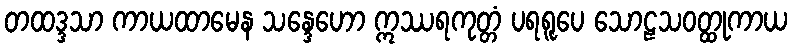
တထဒ္ဒသာ ကာယထာမေန သန္ဒေဟော ဣဿရကုတ္တံ ပရရူပေ သောဠသဝတ္ထုကာယ